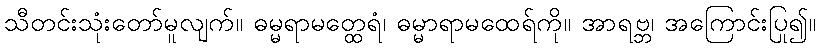
သီတင်းသုံးတော်မူလျက်။ ဓမ္မရာမတ္ထေရံ၊ ဓမ္မာရာမထေရ်ကို။ အာရဗ္ဘ၊ အကြောင်းပြု၍။